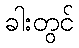
ခါးတွင်